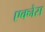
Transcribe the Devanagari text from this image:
एक्नेस